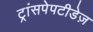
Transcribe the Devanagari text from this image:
ट्रांसपेपटीडेज़